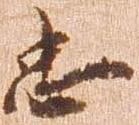
忠